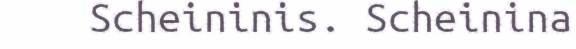
Scheininis. Scheinina